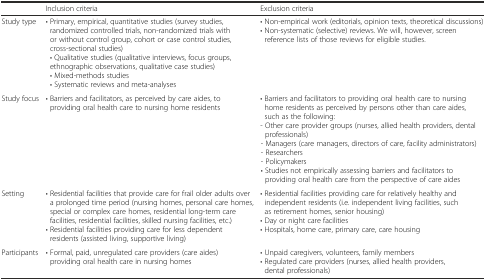
<table><thead><tr><td></td><td><b>Inclusion criteria</b></td><td><b>Exclusion criteria</b></td></tr></thead><tbody><tr><td>Study type</td><td>• Primary, empirical, quantitative studies (survey studies, randomized controlled trials, non-randomized trials with or without control group, cohort or case control studies, cross-sectional studies)• Qualitative studies (qualitative interviews, focus groups, ethnographic observations, qualitative case studies)• Mixed-methods studies• Systematic reviews and meta-analyses</td><td>• Non-empirical work (editorials, opinion texts, theoretical discussions)• Non-systematic (selective) reviews. We will, however, screen reference lists of those reviews for eligible studies.</td></tr><tr><td>Study focus</td><td>• Barriers and facilitators, as perceived by care aides, to providing oral health care to nursing home residents</td><td>• Barriers and facilitators to providing oral health care to nursing home residents as perceived by persons other than care aides, such as the following:- Other care provider groups (nurses, allied health providers, dental professionals)- Managers (care managers, directors of care, facility administrators)- Researchers- Policymakers• Studies not empirically assessing barriers and facilitators to providing oral health care from the perspective of care aides</td></tr><tr><td>Setting</td><td>• Residential facilities that provide care for frail older adults over a prolonged time period (nursing homes, personal care homes, special or complex care homes, residential long-term care facilities, residential facilities, skilled nursing facilities, etc.)• Residential facilities providing care for less dependent residents (assisted living, supportive living)</td><td>• Residential facilities providing care for relatively healthy and independent residents (i.e. independent living facilities, such as retirement homes, senior housing)• Day or night care facilities• Hospitals, home care, primary care, care housing</td></tr><tr><td>Participants</td><td>• Formal, paid, unregulated care providers (care aides) providing oral health care in nursing homes</td><td>• Unpaid caregivers, volunteers, family members• Regulated care providers (nurses, allied health providers, dental professionals)</td></tr></tbody></table>